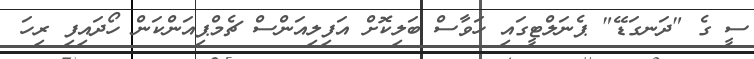
ސީ ގެ "ދަނގަޑޭ" ޕެނަލްޓީގައި ހަވާސް ބަލިކޮށް އަފިލިއަންސް ޗެމްޕިއަންކަން ހޯދައިފި ރިހަ